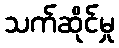
သက်ဆိုင်မှု